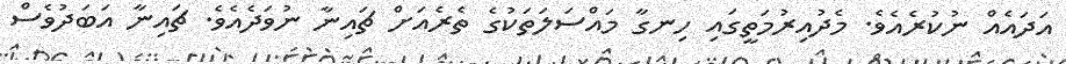
އަދައެއް ނުކުރެއެވެ. މެދުއިރުމަތީގައި ހިނގާ މައްސަލަތަކުގެ ތެރެއަށް ޗައިނާ ނުވަދެއެވެ. ޗައިނާ އަބަދުވެސް